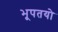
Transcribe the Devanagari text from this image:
भूपतयो